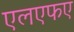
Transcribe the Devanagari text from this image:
एलएफए